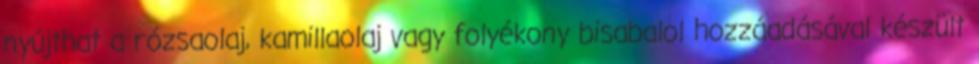
nyújthat a rózsaolaj, kamillaolaj vagy folyékony bisabalol hozzáadásával készült